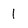
Character: 1